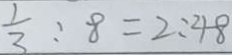
\frac { 1 } { 3 } : 8 = 2 : 4 8